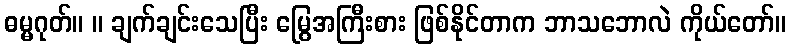
ဓမ္မဂုတ်။ ။ ချက်ချင်းသေပြီး မြွေအကြီးစား ဖြစ်နိုင်တာက ဘာသဘောလဲ ကိုယ်တော်။